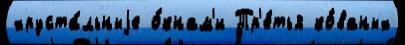
хруста́льныjе о́кнам'и Тр'е́тья ко́ваных